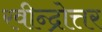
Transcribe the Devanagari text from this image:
रवीन्द्रोत्तर